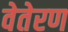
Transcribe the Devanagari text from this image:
वेतेरण